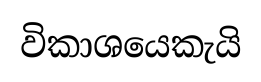
විකාශයෙකැයි